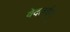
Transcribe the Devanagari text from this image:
वेदतर्कम्